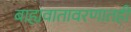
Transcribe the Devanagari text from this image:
बाह्यवातावरणातही